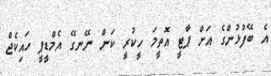
އެ ބޭފުޅުންގެ އަށް ޕާޓީ އޮތީމަ ހީކުރީ ކަން ނޭނގޭ އެމްޑީޕީ ހައިކެޖް